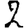
Digit: 2